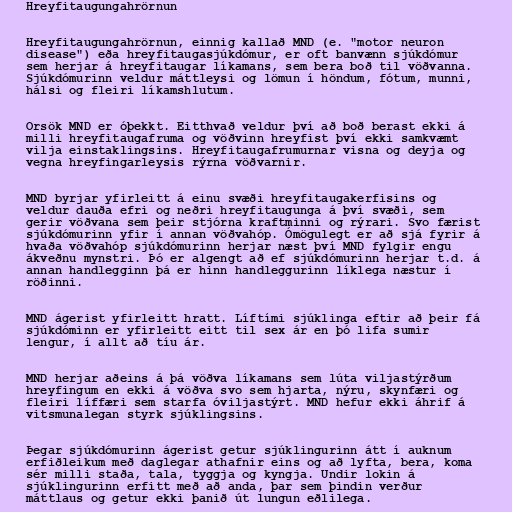
Hreyfitaugungahrörnun

Hreyfitaugungahrörnun, einnig kallað MND (e. "motor neuron
disease") eða hreyfitaugasjúkdómur, er oft banvænn sjúkdómur
sem herjar á hreyfitaugar líkamans, sem bera boð til vöðvanna.
Sjúkdómurinn veldur máttleysi og lömun í höndum, fótum, munni,
hálsi og fleiri líkamshlutum.

Orsök MND er óþekkt. Eitthvað veldur því að boð berast ekki á
milli hreyfitaugafruma og vöðvinn hreyfist því ekki samkvæmt
vilja einstaklingsins. Hreyfitaugafrumurnar visna og deyja og
vegna hreyfingarleysis rýrna vöðvarnir.

MND byrjar yfirleitt á einu svæði hreyfitaugakerfisins og
veldur dauða efri og neðri hreyfitaugunga á því svæði, sem
gerir vöðvana sem þeir stjórna kraftminni og rýrari. Svo færist
sjúkdómurinn yfir í annan vöðvahóp. Ómögulegt er að sjá fyrir á
hvaða vöðvahóp sjúkdómurinn herjar næst því MND fylgir engu
ákveðnu mynstri. Þó er algengt að ef sjúkdómurinn herjar t.d. á
annan handlegginn þá er hinn handleggurinn líklega næstur í
röðinni.

MND ágerist yfirleitt hratt. Líftími sjúklinga eftir að þeir fá
sjúkdóminn er yfirleitt eitt til sex ár en þó lifa sumir
lengur, í allt að tíu ár.

MND herjar aðeins á þá vöðva líkamans sem lúta viljastýrðum
hreyfingum en ekki á vöðva svo sem hjarta, nýru, skynfæri og
fleiri líffæri sem starfa óviljastýrt. MND hefur ekki áhrif á
vitsmunalegan styrk sjúklingsins.

Þegar sjúkdómurinn ágerist getur sjúklingurinn átt í auknum
erfiðleikum með daglegar athafnir eins og að lyfta, bera, koma
sér milli staða, tala, tyggja og kyngja. Undir lokin á
sjúklingurinn erfitt með að anda, þar sem þindin verður
máttlaus og getur ekki þanið út lungun eðlilega.